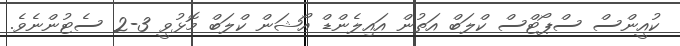
ކުއީންސް ސްޕޯޓްސް ކްލަބް އަތުން އައިލެންޑް އޯޝަން ކްލަބް މޮޅުވީ 3-2 ސެޓުންނެވެ.